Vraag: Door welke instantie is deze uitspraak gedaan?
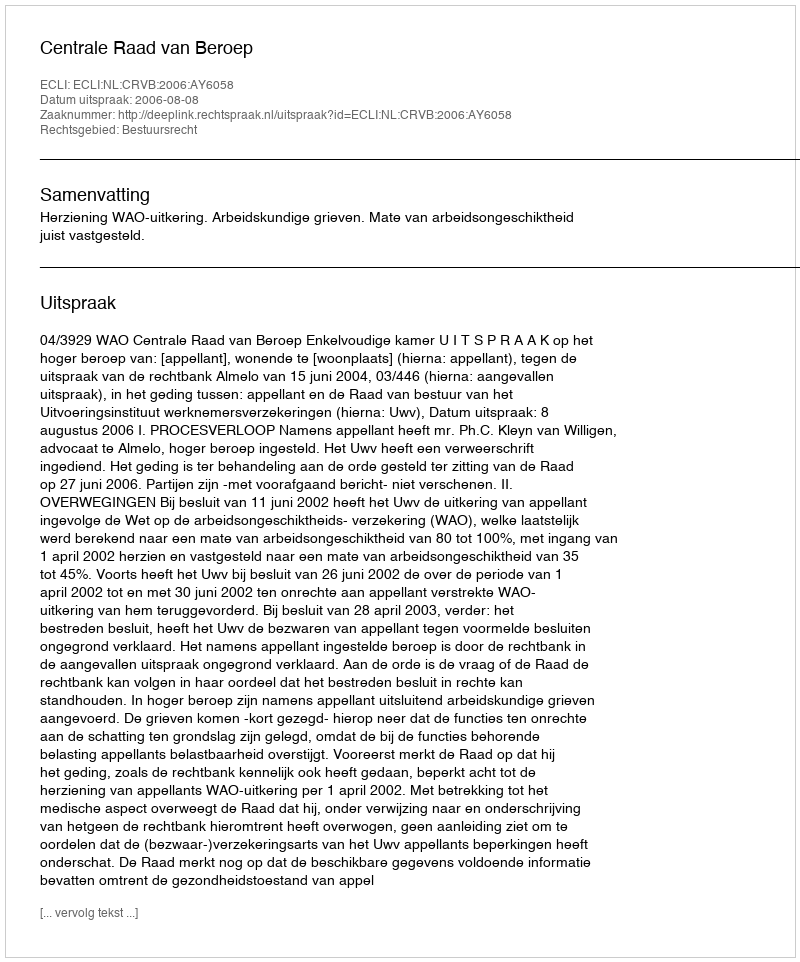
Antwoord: Centrale Raad van Beroep